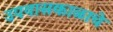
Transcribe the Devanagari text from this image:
उपवासकाळाचे